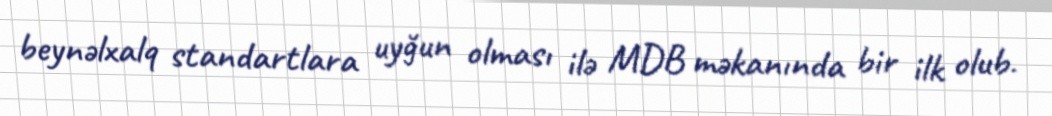
beynəlxalq standartlara uyğun olması ilə MDB məkanında bir ilk olub.